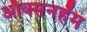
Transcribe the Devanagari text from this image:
ऑक्सनहॅम